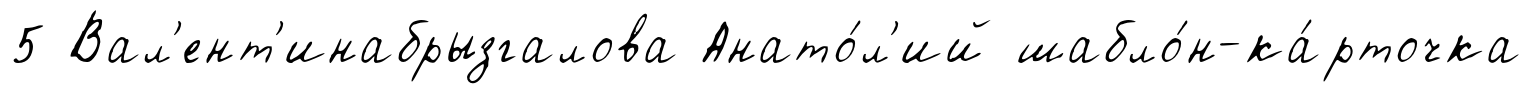
5 Вал'ент'инабрызгалова Анато́л'ий шабло́н-ка́рточка